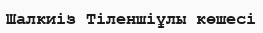
Шалкиіз Тіленшіұлы көшесі